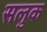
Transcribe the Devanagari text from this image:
सलुक